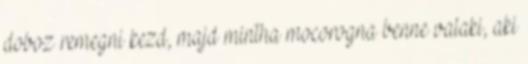
doboz remegni kezd, majd mintha mocorogna benne valaki, aki